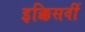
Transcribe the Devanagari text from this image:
इक्किसवीं